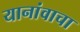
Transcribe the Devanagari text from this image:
यानांवाचा